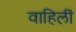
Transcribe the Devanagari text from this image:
वाहिलीं